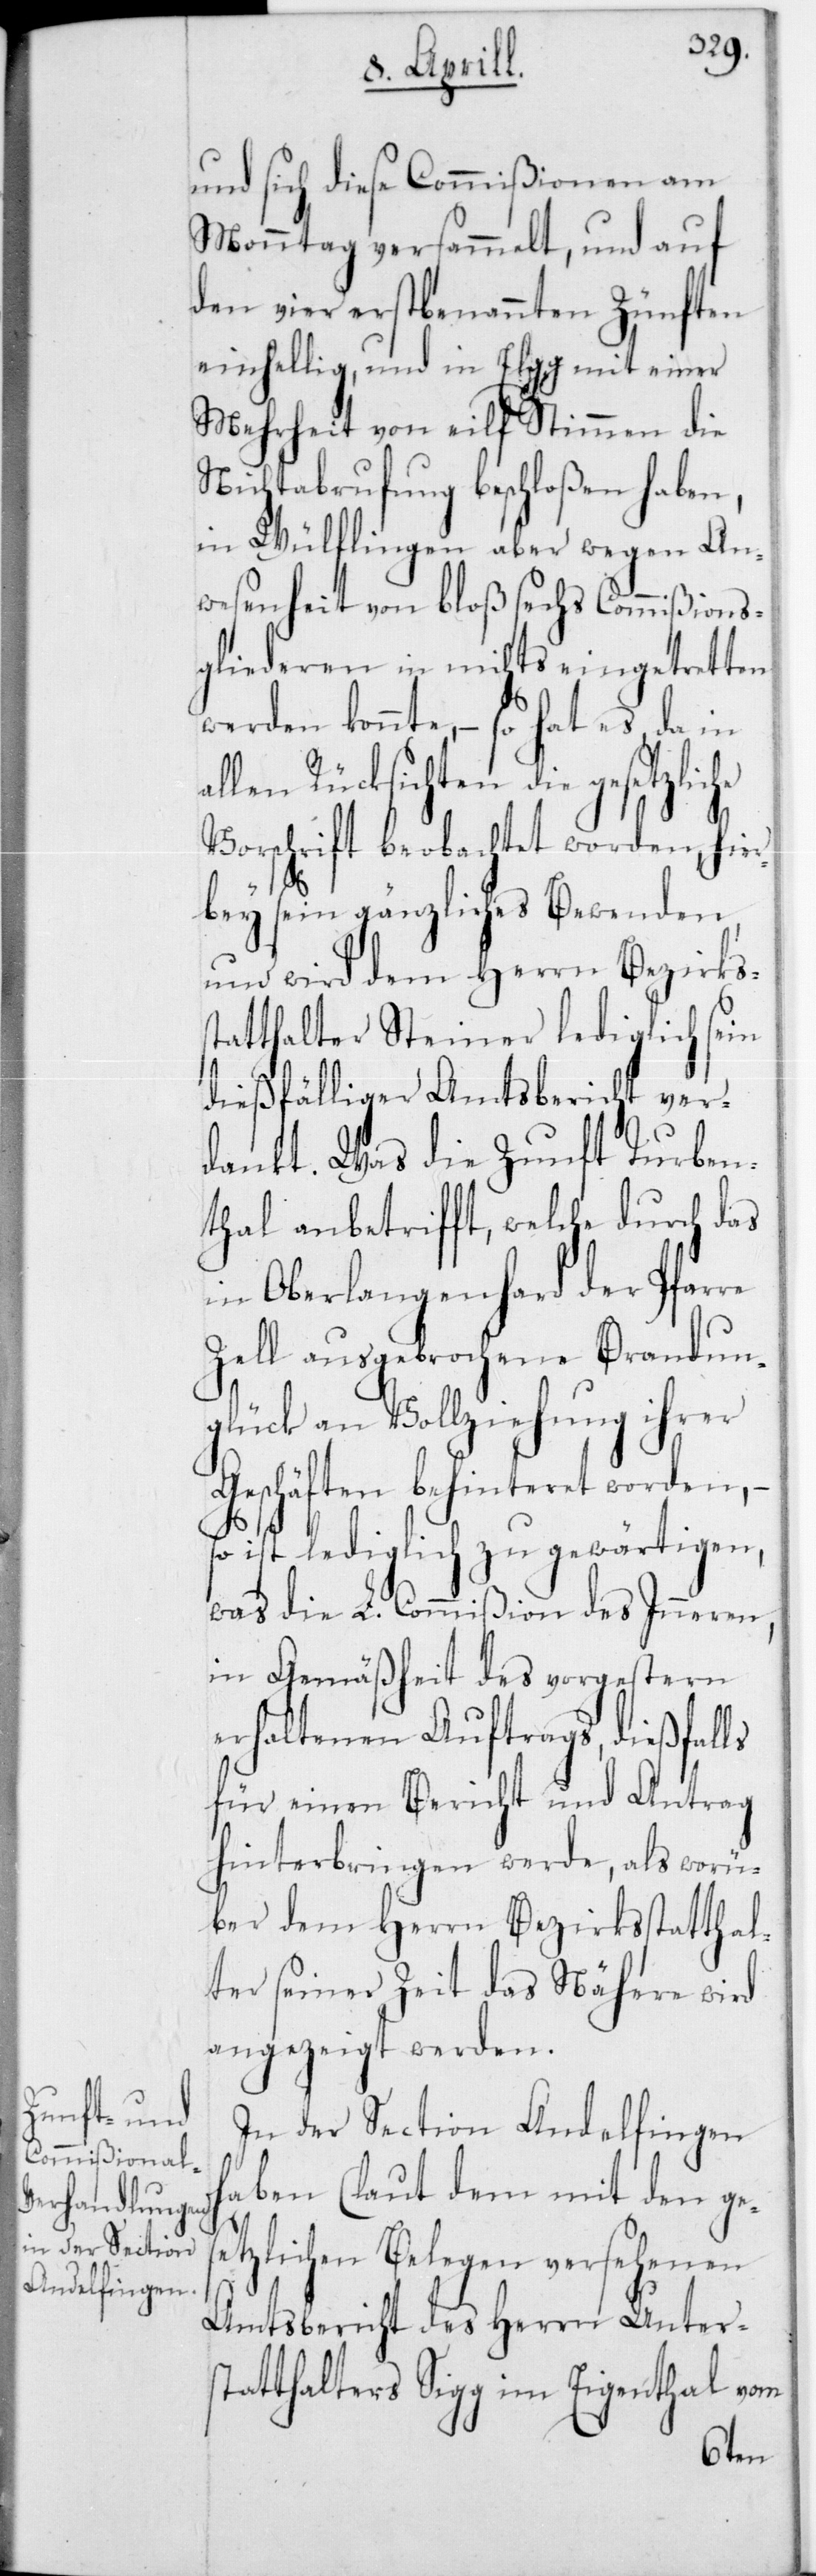
und sich diese Commißionen am
Monntag versammelt, und auf
den vier erstbenannten Zünften
einhellig, und in Elgg mit einer
Mehrheit von elf Stimmen die
Nichtabrufung beschloßen haben,
in Wülflingen aber wegen An¬
wesenheit von bloß sechs Commißions¬
gliederen in nichts eingetretten
werden konnte, – so hat es da in
allen Rücksichten die gesetzliche
Vorschrift beobachtet worden, hier¬
bey sein gänzliches Bewenden,
und wird dem Herrn Bezirkss¬
tatthalter Steiner lediglich sein
dießfälliger Amtsbericht ver¬
dankt. Was die Zunft Turben¬
thal anbetrifft, welche durch das
in Oberlangenhard der Pfar¬
Zell ausgebrochene Brandun¬
glück an Vollziehung ihrer
Geschäften behinteret worden, –
ist lediglich zu gewärtigen,
was die L. Commißion des Inneren,
in Gemäßheit des vorgestern
erhaltenen Auftrags, dießfalls
für einen Bericht und Antrag
hinterbringen werde, als worü¬
ber dem Herrn Bezirksstatthal¬
ter seiner Zeit das Nähere wird
angezeigt werden.
In der Section Andelfingen
haben (laut dem mit den ges¬
etzlichen Belegen versehenen
Amtsbericht des Herrn Unter¬
statthalters Sigg im Eigenthal vom
re